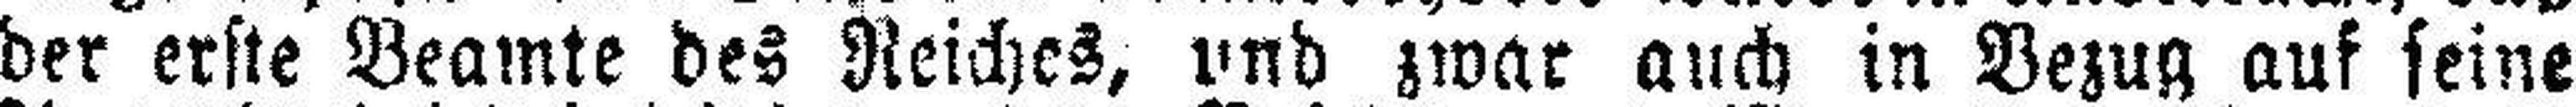
der erste Beamte des Reiches, und zwar auch in Bezug auf seine